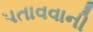
પતાવવાની